Reports on dispensaries and lunatic asylums in the Province of Oudh - 1869-1876
Year: 1869
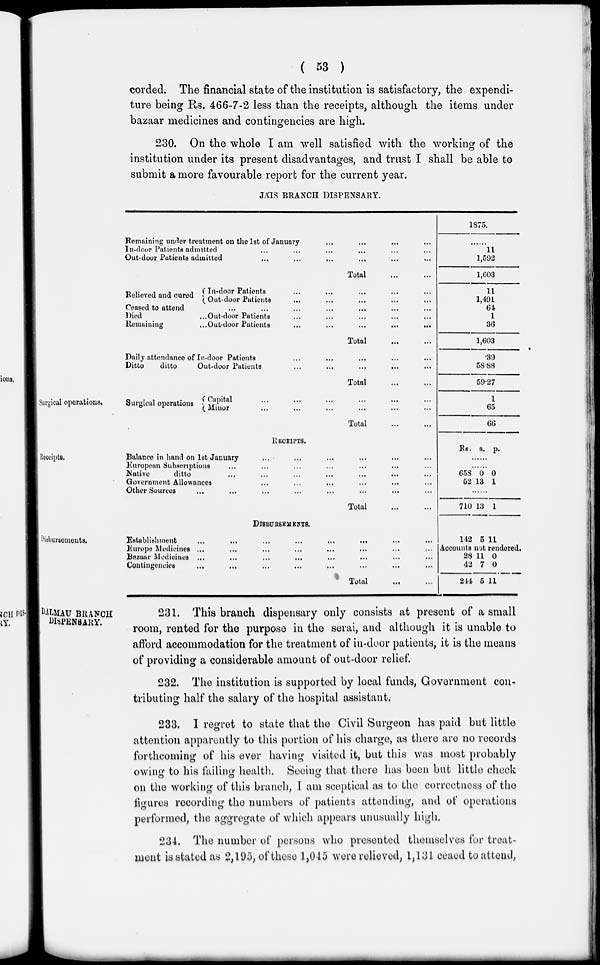
( 53 )
corded. The financial state of the institution is satisfactory, the expendi-
ture being Rs. 466-7-2 less than the receipts, although the items under
bazaar medicines and contingencies are high.
230. On the whole I am well satisfied with the working of the
institution under its present disadvantages, and trust I shall be able to
submit a more favourable report for the current year.
JÁIS BRANCH DISPENSARY.
Remaining under treatment on the 1st of January ... ... ... ...
In-door Patients admitted ... ... ... ... ... ...
Out-door Patients admitted ... ... ... ... ... ...
Total ... ...
1875.
......
11
1,592
1,603
Relieved and cured
In-door Patients ... ... ... ... ...
Out-door Patients ... ... ... ... ...
Ceased to attend ... ... ... ... ... ... ...
Died
...Out-door Patients ... ... ... ... ...
Remaining
...Out-door Patients
... ... ... ... ...
Total ... ...
11
1,491
64
1
36
1,603
Daily attendance of In-door Patients ... ... ... ... ...
Ditto
ditto
Out-door Patients ... ... ... ... ...
Total ... ...
.39
58.88
59.27
Surgical operations.
Surgical operations
Capital ... ... ... ... ... ...
Minor ... ... ... ... ... ...
Total ... ...
1
65
66
Receipts.
Receipts.
Balance in hand on 1st January ... ... ... ... ... ...
European Subscriptions ... ... ... ... ... ... ...
Native
ditto ... ... ... ... ... ...
Government Allowances ... ... ... ... ... ...
Other Sources ... ... ... ... ... ... ...
Total ... ...
Rs. a. p.
......
......
658
52
0
13
0
1
......
710 13 1
Disbursements.
DISBURSEMENTS.
Establishment
...
...
...
...
...
...
...
...
Europe Medicines ... ... ... ... ... ... ... ...
Bazaar Medicines ... ... ... ... ... ... ... ...
Contingencies ... ... ... ... ... ... ... ...
Total ... ...
142 5 11
Accounts not rendered.
28
42
244
11
7
5
0
0
11
DALMAU BRANCH
DISPENSARY.
231. This branch dispensary only consists at present of a small
room, rented for the purpose in the serai, and although it is unable to
afford accommodation for the treatment of in-door patients, it is the means
of providing a considerable amount of out-door relief.
232. The institution is supported by local funds, Government con-
tributing half the salary of the hospital assistant.
233. I regret to state that the Civil Surgeon has paid but little
attention apparently to this portion of his charge, as there are no records
forthcoming of his ever having visited it, but this was most probably
owing to his failing health. Seeing that there has been but little check
on the working of this branch, I am sceptical as to the correctness of the
figures recording the numbers of patients attending, and of operations
performed, the aggregate of which appears unusually high.
234. The number of persons who presented themselves for treat-
ment is stated as 2,195, of these 1,045 were relieved, 1,131 ceaed to attend,